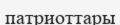
патриоттары